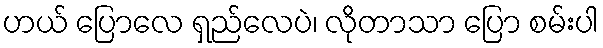
ဟယ် ပြောလေ ရှည်လေပဲ၊ လိုတာသာ ပြော စမ်းပါ